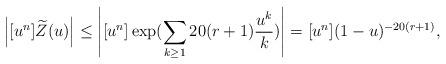
LaTeX: \begin{align*}\left| [u^n] \widetilde{Z}(u) \right| \le \left| [u^n] \exp( \sum_{k \ge 1} 20(r+1)\frac{u^k}{k}) \right| = [u^n] (1-u)^{-20(r+1)},\end{align*}